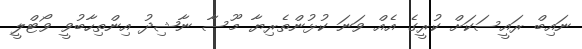
ނައިބް ރައީސަކަށް ކުރީގެ އެއް ވަނަ ކުޅުންތެރިޔާ މޫސާ ނާޝިދު އިންތިހާބުވީ ވޯޓްލީ